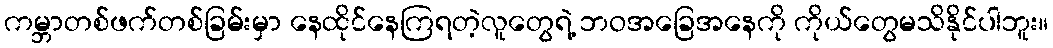
ကမ္ဘာတစ်ဖက်တစ်ခြမ်းမှာ နေထိုင်နေကြရတဲ့လူတွေရဲ့ ဘဝအခြေအနေကို ကိုယ်တွေမသိနိုင်ပါဘူး။